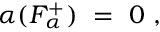
\alpha ( F _ { \alpha } ^ { + } ) ~ = ~ 0 ~ ,